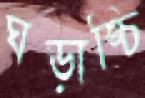
ঘড়াঙ্চি